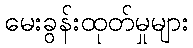
မေးခွန်းထုတ်မှုများ